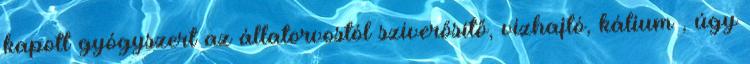
kapott gyógyszert az állatorvostól szíverősítő, vízhajtó, kálium , úgy